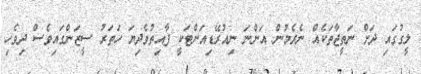
ލީގުގައި ދަށް ނަތީޖާތަކެއް ނެރެމުން އަންނަ ނިއުރޭޑިއަންޓަކީ ފާއިތުވެދިޔަ ހަތަރު ސީޒަންގައިވެސް ދިވެހި